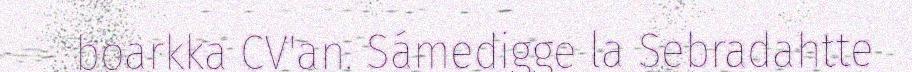
boarkka CV'an. Sámedigge la Sebradahtte